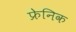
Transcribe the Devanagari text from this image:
फ्रेनिक